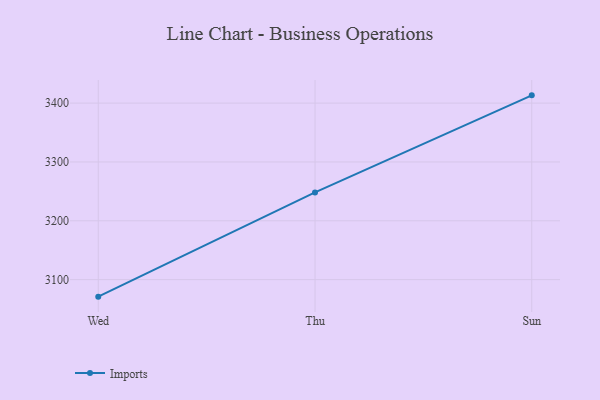
{"axis": {"x": "Day", "y": "Latency (ms)"}, "legend": ["Imports"], "data": [{"x": "Wed", "y": 3071.1, "type": "Imports"}, {"x": "Thu", "y": 3248.3, "type": "Imports"}, {"x": "Sun", "y": 3413.2, "type": "Imports"}]}